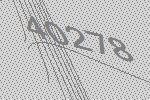
40278